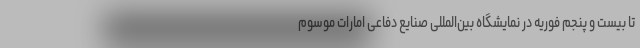
تا بیست و پنجم فوریه در نمایشگاه بین‌المللی صنایع دفاعی امارات موسوم